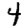
Digit: 4